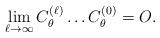
LaTeX: \begin{align*}\lim_{\ell\rightarrow \infty}C_{\theta}^{(\ell)}\ldots C_{\theta}^{(0)}=O.\end{align*}